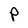
Character: P